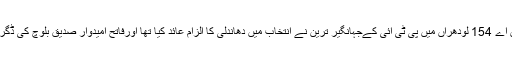
قومی اسمبلی کے حلقے این اے 154 لودھراں میں پی ٹی آئی کےجہانگیر ترین نے انتخاب میں دھاندلی کا الزام عائد کیا تھا اورفاتح امیدوار صدیق بلوچ کی ڈگریوں کو چیلنج کررکھا تھا ۔